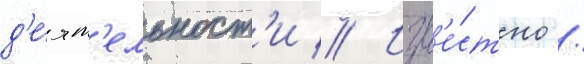
д'е́ят'ельност'и // Изв'е́стно /